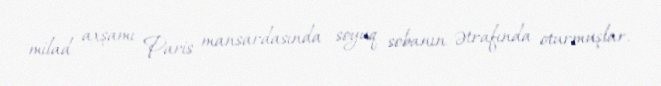
milad axşamı Paris mansardasında soyuq sobanın ətrafında oturmuşlar.